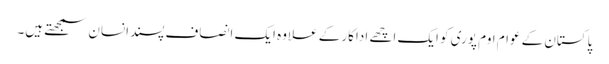
پاکستان کے عوام اوم پوری کو ایک اچھے اداکار کے علاوہ ایک انصاف پسندانسان سمجھتے ہیں۔